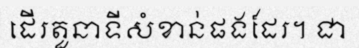
ដើរតួនាទីសំខាន់ផងដែរ។ ជា